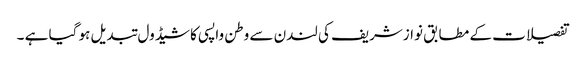
تفصیلات کے مطابق نوازشریف کی لندن سے وطن واپسی کا شیڈول تبدیل ہو گیا ہے ۔